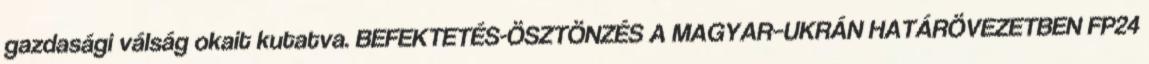
gazdasági válság okait kutatva. BEFEKTETÉS-ÖSZTÖNZÉS A MAGYAR–UKRÁN HATÁRÖVEZETBEN FP24